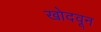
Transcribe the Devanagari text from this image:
खोदवून